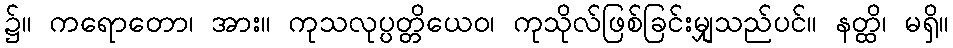
၌။ ကရောတော၊ အား။ ကုသလုပ္ပတ္တိယေဝ၊ ကုသိုလ်ဖြစ်ခြင်းမျှသည်ပင်။ နတ္ထိ၊ မရှိ။